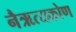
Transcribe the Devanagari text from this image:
नैऋत्यकोण